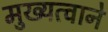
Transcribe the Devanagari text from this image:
मुख्यत्वाने